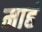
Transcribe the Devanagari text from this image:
माहं